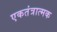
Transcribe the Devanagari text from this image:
एकतंत्रात्मक